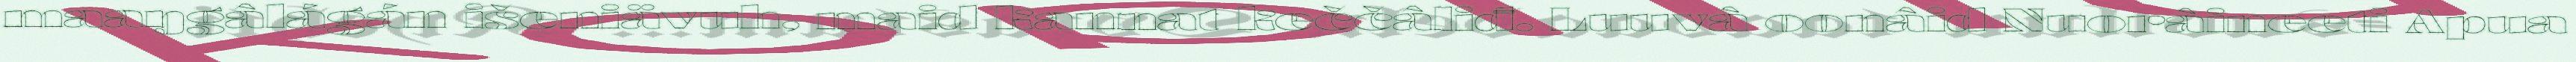
maaŋgâlágán išeniävuh, maid kannat keččâliđ. Luuvâ oonâid Nuorâineeti Apua